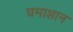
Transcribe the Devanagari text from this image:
घमाशान